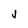
Character: J